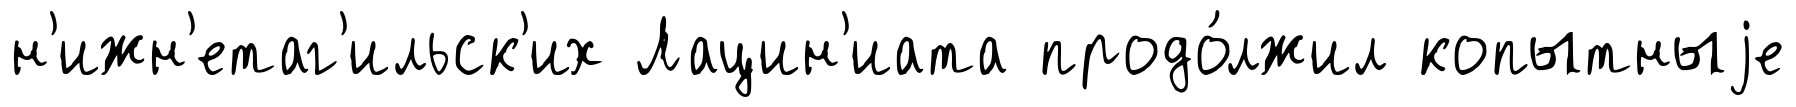
н'ижн'етаг'ильск'их Лацин'иата продо́лжил копытныjе